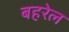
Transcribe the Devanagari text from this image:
बहरेल